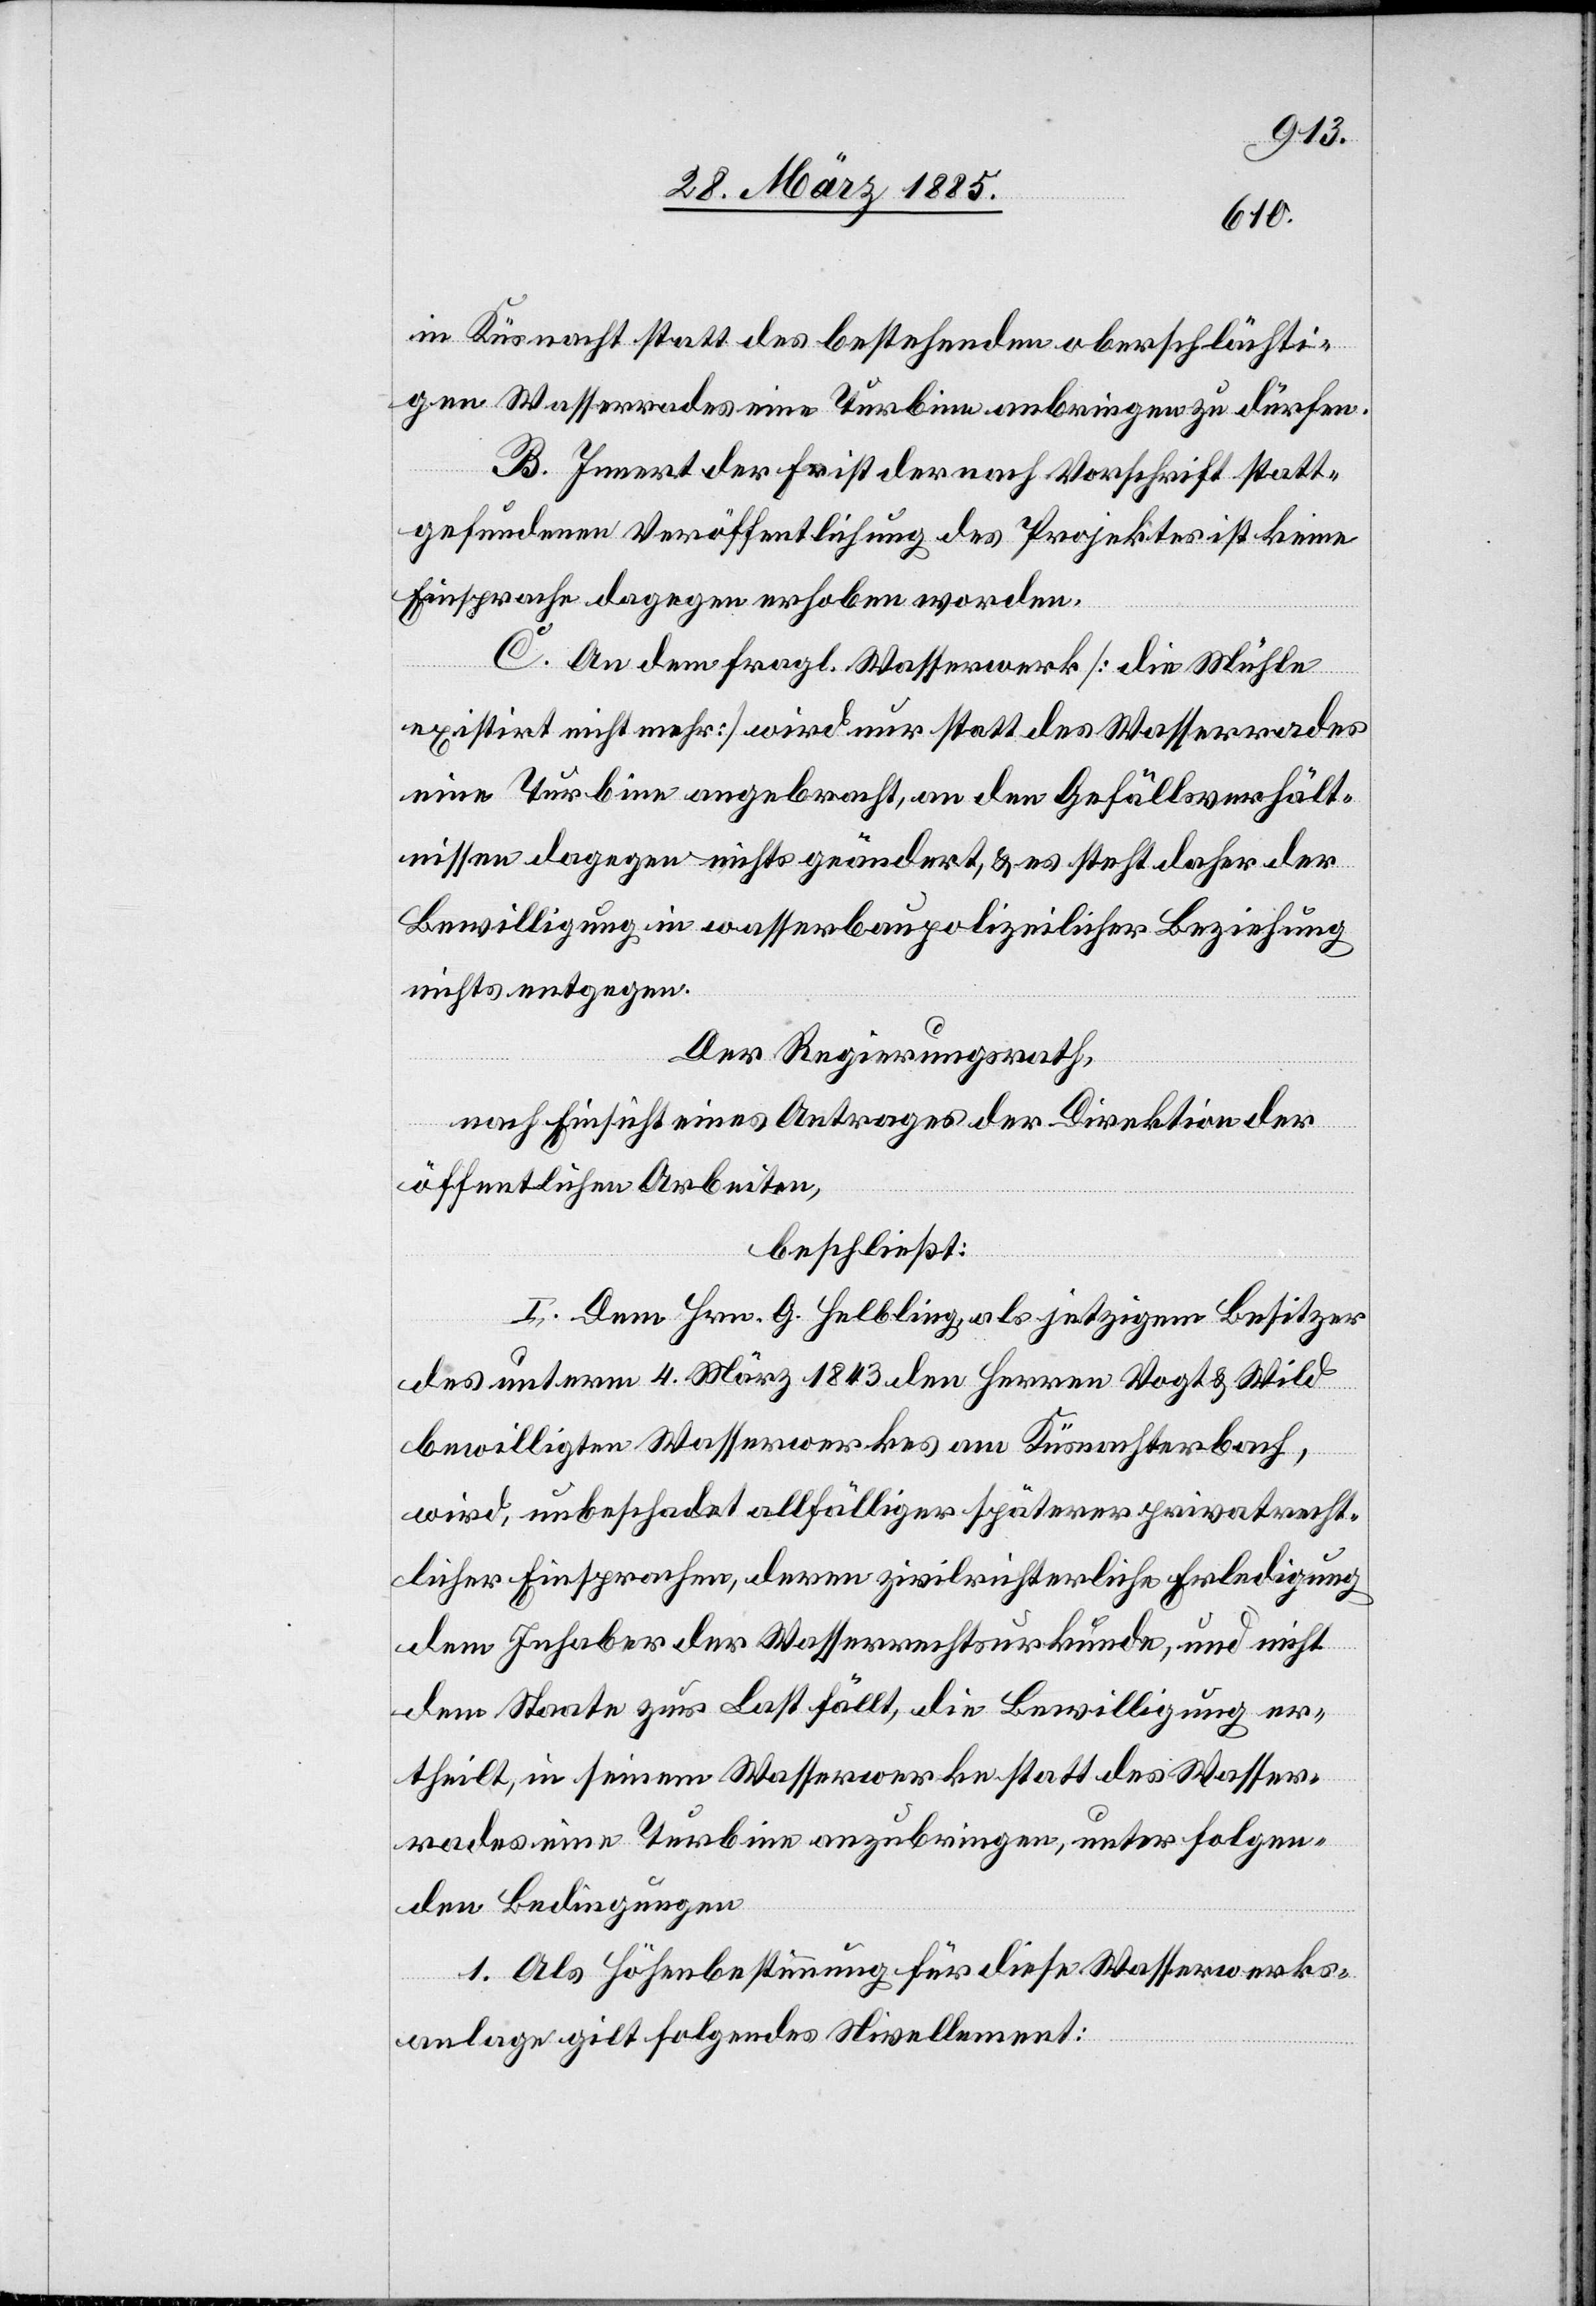
in Küsnacht statt des bestehenden oberschlächti¬
gen Wasserrades eine Turbine anbringen zu dürfen.
B. Innert der Frist der nach Vorschrift statt¬
gefundenen Veröffentlichung des Projektes ist keine
Einsprache dagegen erhoben worden.
C. An dem fragl. Wasserwerk [die Mühle
existirt nicht mehr] wird nur statt des Wasserades
eine Turbine angebracht, an den Gefällsverhält¬
nissen dagegen nichts geändert, & es steht daher der
Bewilligung in wasserbaupolizeilicher Beziehung
nichts entgegen.
Der Regierungsrath,
nach Einsicht eines Antrages der Direktion der
öffentlichen Arbeiten,
beschließt:
I. Dem Hrn. G. Helbling, als jetzigem Besitzer
des unterm 4. März 1843 den Herren Vogt & Wild
bewilligten Wasserwerkes am Küsnachterbach,
wird, unbeschadet allfälliger späterer privatrecht¬
licher Einsprachen, deren zivilrichterliche Erledigung
dem Inhaber der Wasserrechtsurkunde, und nicht
dem Staate zur Last fällt, die Bewilligung er¬
theilt, in seinem Wasserwerke statt des Wasser¬
rades eine Turbine anzubringen, unter folgen¬
den Bedingungen[:]
1. Als Höhenbestimmung für diese Wasserwerks¬
anlage gilt folgendes Nivellement: